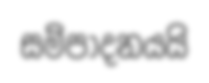
සම්පාදනයයි